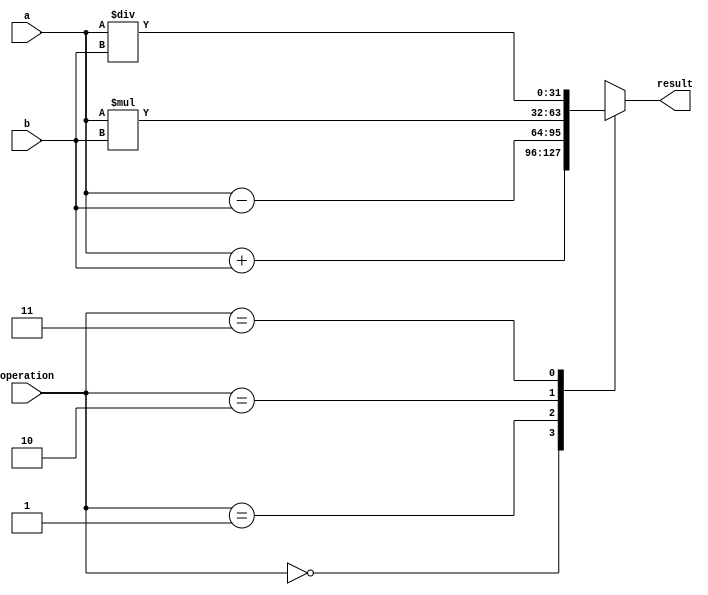
module FixedPointFloatingPointUnit (
  input [31:0] a,
  input [31:0] b,
  input [1:0] operation,
  output [31:0] result
);

reg [31:0] result_reg;

always @(*) begin
  case(operation)
    2'b00: result_reg = a + b;  // addition
    2'b01: result_reg = a - b;  // subtraction
    2'b10: result_reg = a * b;  // multiplication
    2'b11: result_reg = a / b;  // division
    default: result_reg = 0;    // default case
  endcase
end

assign result = result_reg;

endmodule